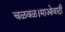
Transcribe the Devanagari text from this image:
चळवळ।माओवादी